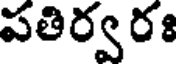
పతిర్వరః